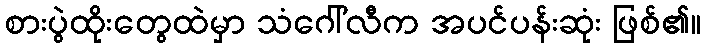
စားပွဲထိုးတွေထဲမှာ သံဂေါ်လီက အပင်ပန်းဆုံး ဖြစ်၏။